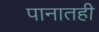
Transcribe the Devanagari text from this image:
पानातही